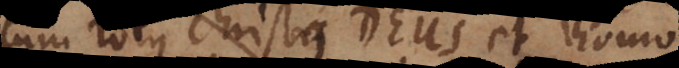
cum totus Christus Deus et Homo